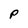
Character: P